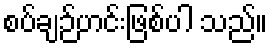
စပ်ချဉ်ဟင်းဖြစ်ပါ သည်။